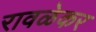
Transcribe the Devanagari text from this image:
रावळेकर